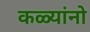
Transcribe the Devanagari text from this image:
कळ्यांनो